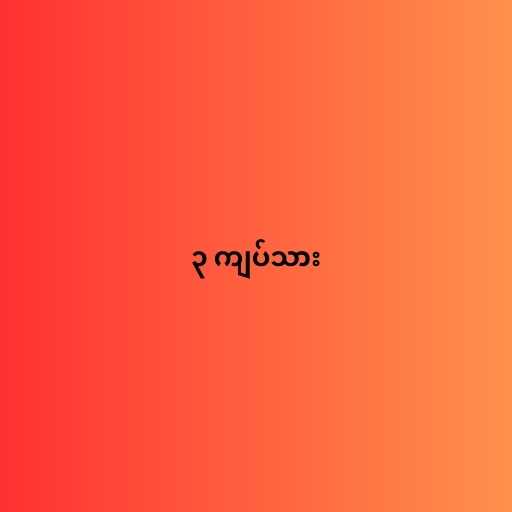
၃ ကျပ်သား